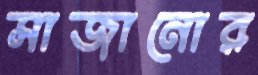
সাজানোর